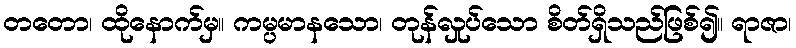
တတော၊ ထိုနောက်မှ။ ကမ္ပမာနသော၊ တုန်လှုပ်သော စိတ်ရှိသည်ဖြစ်၍။ ရာဇာ၊